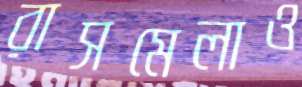
রাসমেলাও